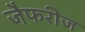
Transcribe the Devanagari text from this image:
जैफरीज